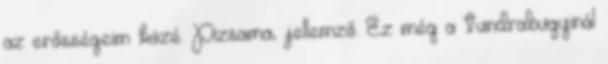
az erősségeim közé. Pizsama, jellemző. Ez még a tundrabugyinál